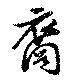
裔